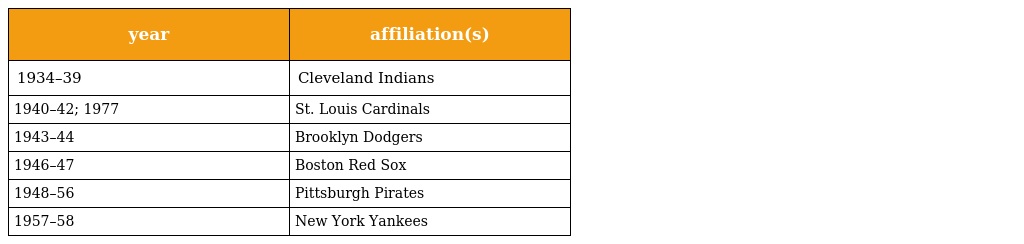
| year | affiliation(s) |
 | --- | --- |
 | 1934–39 | Cleveland Indians |
 | 1940–42; 1977 | St. Louis Cardinals |
 | 1943–44 | Brooklyn Dodgers |
 | 1946–47 | Boston Red Sox |
 | 1948–56 | Pittsburgh Pirates |
 | 1957–58 | New York Yankees |